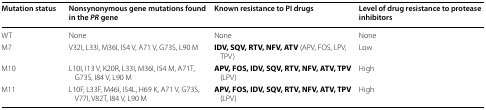
<table><thead><tr><td><b>Mutation status</b></td><td><b>Nonsynonymous gene mutations found in the <i>PR</i> gene</b></td><td><b>Known resistance to PI drugs</b></td><td><b>Level of drug resistance to protease inhibitors</b></td></tr></thead><tbody><tr><td>WT</td><td>None</td><td>None</td><td>None</td></tr><tr><td>M7</td><td>V32I, L33I, M36I, I54 V, A71 V, G73S, L90 M</td><td><b>IDV, SQV, RTV, NFV, ATV</b> (APV, FOS, LPV, TPV)</td><td>Low</td></tr><tr><td>M10</td><td>L10I, I13 V, K20R, L33I, M36I, I54 M, A71T, G73S, I84 V, L90 M</td><td><b>APV, FOS, IDV, SQV, RTV, NFV, ATV, TPV</b> (LPV)</td><td>High</td></tr><tr><td>M11</td><td>L10F, L33F, M46I, I54L, H69 K, A71 V, G73S, V77I, V82T, I84 V, L90 M</td><td><b>APV, FOS, IDV, SQV, RTV, NFV, ATV, TPV</b> (LPV)</td><td>High</td></tr></tbody></table>